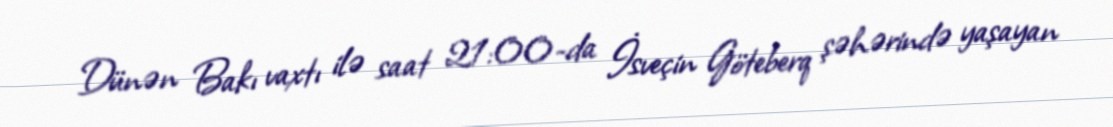
Dünən Bakı vaxtı ilə saat 21:00-da İsveçin Göteberq şəhərində yaşayan